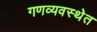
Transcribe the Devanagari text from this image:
गणव्यवस्थेत